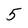
Character: 5